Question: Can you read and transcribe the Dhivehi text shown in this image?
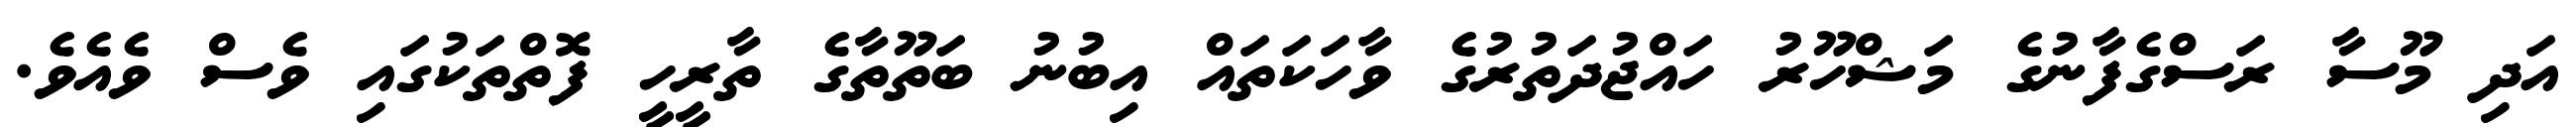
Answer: އަދި މޫސާ ރަސްގެފާނުގެ މަޝްހޫރު ހައްޖުދަތުރުގެ ވާހަކަތައް އިބުނު ބަތޫތާގެ ތާރީހީ ފޮތްތަކުގައި ވެސް ވެއެވެ.